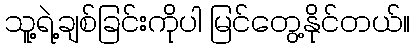
သူ့ရဲ့ချစ်ခြင်းကိုပါ မြင်တွေ့နိုင်တယ်။